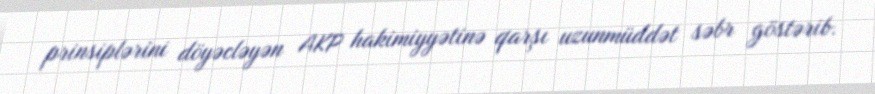
prinsiplərini döyəcləyən AKP hakimiyyətinə qarşı uzunmüddət səbr göstərib.